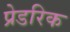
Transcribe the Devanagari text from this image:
प्रेडरिक